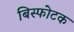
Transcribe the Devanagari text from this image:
बिस्फोटक